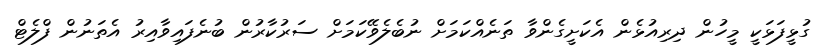
ގުޅީފަޅަކީ މީހުން ދިރިއުޅެން އެކަށީގެންވާ ތަނެއްކަމަށް ނުބެލެވޭކަމަށް ސަރުކާރުން ބުނެފައިވާއިރު އެތަނުން ފްލެޓް